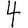
Digit: 4